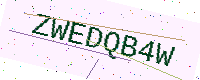
Text: ZWEDQB4W